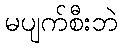
မပျက်စီးဘဲ